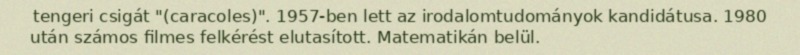
tengeri csigát "(caracoles)". 1957-ben lett az irodalomtudományok kandidátusa. 1980 után számos filmes felkérést elutasított. Matematikán belül.